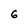
Character: 6